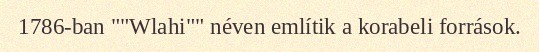
1786-ban ""Wlahi"" néven említik a korabeli források.